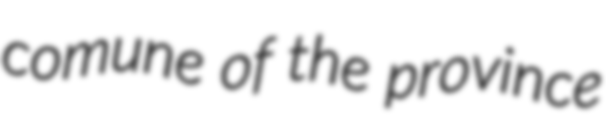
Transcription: comune of the province